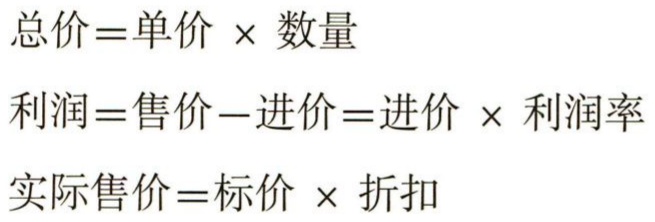
总价=单价 \times 数量

利润=售价-进价=进价 \times 利润率

实际售价=标价 \times 折扣